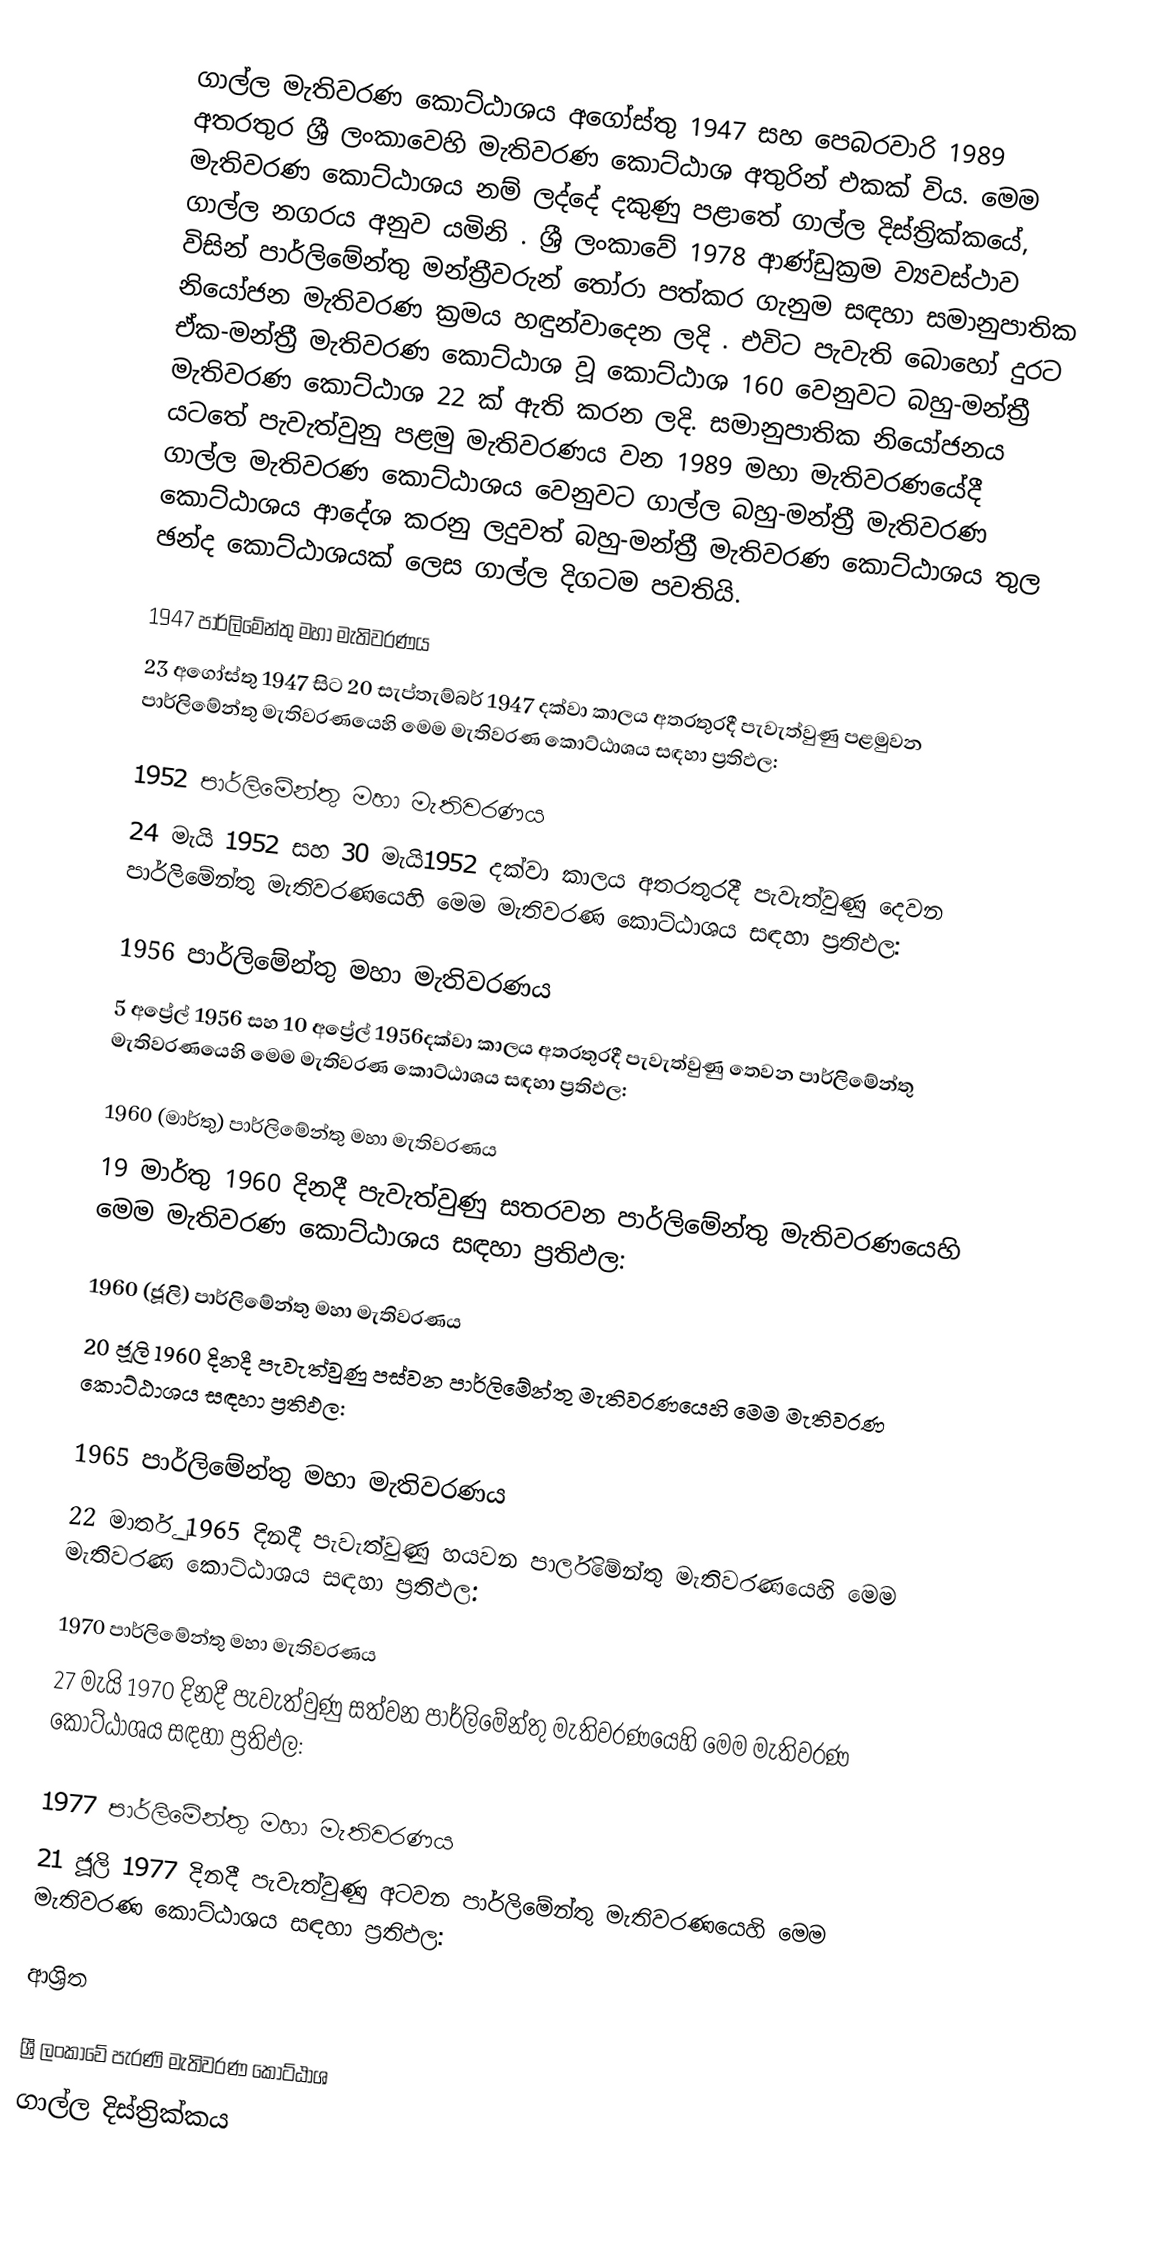
ගාල්ල මැතිවරණ කොට්ඨාශය  අගෝස්තු 1947 සහ පෙබරවාරි 1989 අතරතුර  ශ්‍රී ලංකාවෙහි  මැතිවරණ කොට්ඨාශ අතුරින් එකක් විය. මෙම මැතිවරණ කොට්ඨාශය නම් ලද්දේ දකුණු පළාතේ  ගාල්ල දිස්ත්‍රික්කයේ,  ගාල්ල නගරය අනුව යමිනි . ශ්‍රී ලංකාවේ 1978 ආණ්ඩුක්‍රම ව්‍යවස්ථාව විසින්   පාර්ලිමේන්තු මන්ත්‍රීවරුන් තෝරා පත්කර ගැනුම සඳහා සමානුපාතික නියෝජන මැතිවරණ ක්‍රමය හඳුන්වාදෙන ලදි . එවිට පැවැති බොහෝ දුරට  ඒක-මන්ත්‍රී මැතිවරණ කොට්ඨාශ වූ කොට්ඨාශ 160 වෙනුවට බහු-මන්ත්‍රී මැතිවරණ කොට්ඨාශ 22 ක් ඇති කරන ලදි. සමානුපාතික නියෝජනය යටතේ පැවැත්වුනු පළමු මැතිවරණය වන 1989 මහා මැතිවරණයේදී  ගාල්ල මැතිවරණ කොට්ඨාශය වෙනුවට  ගාල්ල බහු-මන්ත්‍රී මැතිවරණ කොට්ඨාශය  ආදේශ කරනු ලදුවත් බහු-මන්ත්‍රී මැතිවරණ කොට්ඨාශය තුල ඡන්ද කොට්ඨාශයක් ලෙස ගාල්ල දිගටම පවතියි.

1947 පාර්ලිමේන්තු මහා මැතිවරණය
23 අගෝස්තු 1947 සිට 20 සැප්තැම්බර් 1947 දක්වා කාලය අතරතුරදී පැවැත්වුණු පළමුවන පාර්ලිමේන්තු මැතිවරණයෙහි මෙම මැතිවරණ කොට්ඨාශය සඳහා ප්‍රතිඵල:

1952 පාර්ලිමේන්තු මහා මැතිවරණය
24 මැයි 1952 සහ 30 මැයි1952 දක්වා කාලය අතරතුරදී පැවැත්වුණු දෙවන පාර්ලිමේන්තු මැතිවරණයෙහි මෙම මැතිවරණ කොට්ඨාශය සඳහා ප්‍රතිඵල:

1956 පාර්ලිමේන්තු මහා මැතිවරණය
5 අප්‍රේල් 1956 සහ 10 අප්‍රේල් 1956දක්වා කාලය අතරතුරදී පැවැත්වුණු තෙවන පාර්ලිමේන්තු මැතිවරණයෙහි මෙම මැතිවරණ කොට්ඨාශය සඳහා ප්‍රතිඵල:

1960 (මාර්තු) පාර්ලිමේන්තු මහා මැතිවරණය
19 මාර්තු 1960 දිනදී පැවැත්වුණු සතරවන පාර්ලිමේන්තු මැතිවරණයෙහි මෙම මැතිවරණ කොට්ඨාශය සඳහා ප්‍රතිඵල:

1960 (ජූලි) පාර්ලිමේන්තු මහා මැතිවරණය
20 ජූලි 1960 දිනදී පැවැත්වුණු පස්වන පාර්ලිමේන්තු මැතිවරණයෙහි මෙම මැතිවරණ කොට්ඨාශය සඳහා ප්‍රතිඵල:

1965 පාර්ලිමේන්තු මහා මැතිවරණය
22 මාර්තු 1965  දිනදී පැවැත්වුණු හයවන පාර්ලිමේන්තු මැතිවරණයෙහි මෙම මැතිවරණ කොට්ඨාශය සඳහා ප්‍රතිඵල:

1970 පාර්ලිමේන්තු මහා මැතිවරණය
27 මැයි 1970 දිනදී පැවැත්වුණු සත්වන පාර්ලිමේන්තු මැතිවරණයෙහි මෙම මැතිවරණ කොට්ඨාශය සඳහා ප්‍රතිඵල:

1977 පාර්ලිමේන්තු මහා මැතිවරණය
21 ජූලි 1977 දිනදී පැවැත්වුණු අටවන පාර්ලිමේන්තු මැතිවරණයෙහි මෙම මැතිවරණ කොට්ඨාශය සඳහා ප්‍රතිඵල:

ආශ්‍රිත

ශ්‍රී ලංකාවේ පැරණි මැතිවරණ කොට්ඨාශ
ගාල්ල දිස්ත්‍රික්කය